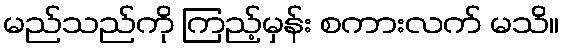
မည်သည်ကို ကြည့်မှန်း စကားလက် မသိ။